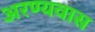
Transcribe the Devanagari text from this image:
अरण्यवास